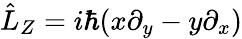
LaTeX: \hat{L}_{Z}=i\hbar(x\partial_{y}-y\partial_{x})